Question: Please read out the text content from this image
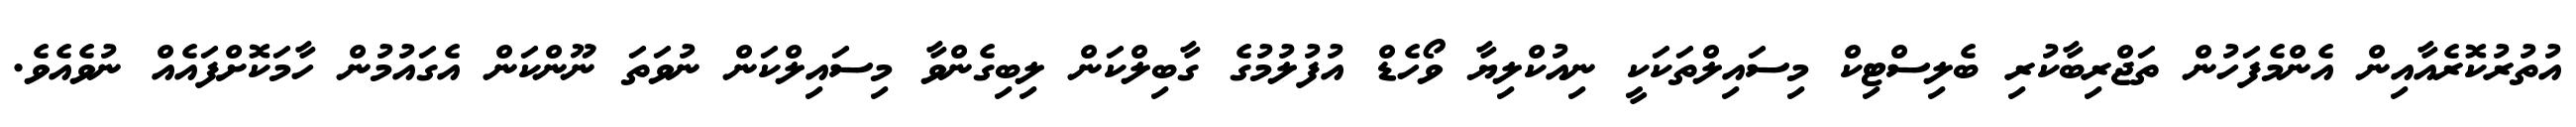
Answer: އުތުރުކޮރެއާއިން އެންމެފަހުން ތަޖްރިބާކުރި ބެލިސްޓިކް މިސައިލްތަކަކީ ނިއުކްލިޔާ ވޯހެޑް އުފުލުމުގެ ގާބިލްކަން ލިބިގެންވާ މިސައިލްކަން ނުވަތަ ނޫންކަން އެގައުމުން ހާމަކޮށްފައެއް ނުވެއެވެ.